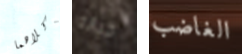
وكلاهما خيانه الغاضب